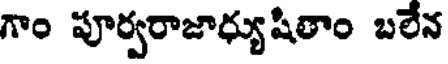
గాం పూర్వరాజాధ్యుషితాం బలేన